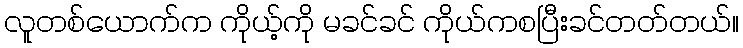
လူတစ်ယောက်က ကိုယ့်ကို မခင်ခင် ကိုယ်ကစပြီးခင်တတ်တယ်။